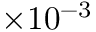
\times 1 0 ^ { - 3 }